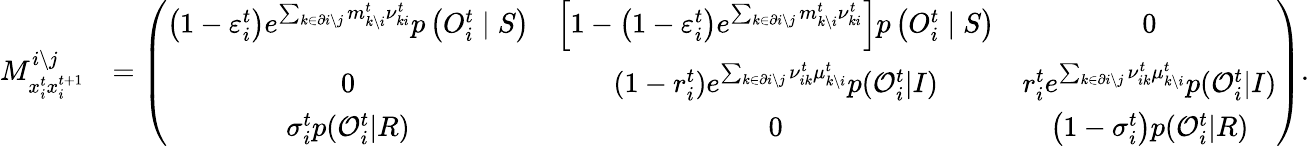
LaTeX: \begin{array}{rl}{M_{x_{i}^{t}x_{i}^{t+1}}^{i\setminus j}}&{=\left(\begin{array}{ccc}{\left(1-\varepsilon_{i}^{t}\right)e^{\sum_{k\in\partial i\setminus j}m_{k\setminus i}^{t}{\nu}_{ki}^{t}}p\left(O_{i}^{t}\mid S\right)}&{\left[1-\left(1-\varepsilon_{i}^{t}\right)e^{\sum_{k\in\partial i\setminus j}m_{k\setminus i}^{t}{\nu}_{ki}^{t}}\right]p\left(O_{i}^{t}\mid S\right)}&{0}\\ {0}&{(1-r_{i}^{t})e^{\sum_{k\in\partial i\setminus j}\nu_{ik}^{t}\mu_{k\setminus i}^{t}}p(\mathcal{O}_{i}^{t}|I)}&{r_{i}^{t}e^{\sum_{k\in\partial i\setminus j}\nu_{ik}^{t}\mu_{k\setminus i}^{t}}p(\mathcal{O}_{i}^{t}|I)}\\ {\sigma_{i}^{t}p(\mathcal{O}_{i}^{t}|R)}&{0}&{\left(1-\sigma_{i}^{t}\right)p(\mathcal{O}_{i}^{t}|R)}\end{array}\right).}\end{array}